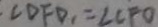
\cdot \angle D F D _ { 1 } = \angle C F O